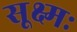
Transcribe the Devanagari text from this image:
सूक्ष्मः